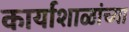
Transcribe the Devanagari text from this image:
कार्याशाळांच्या